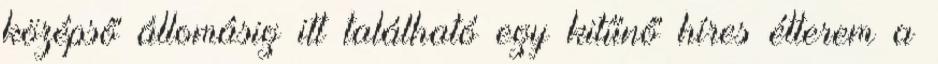
középső állomásig itt található egy kitűnő híres étterem a